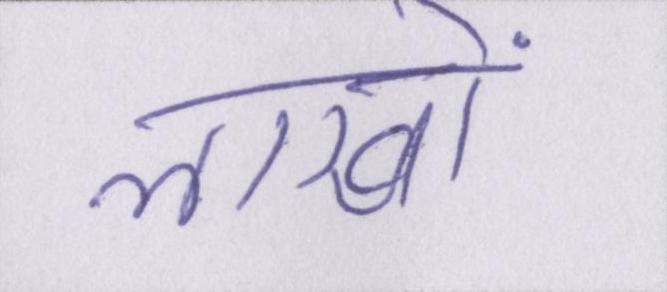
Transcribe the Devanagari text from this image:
लाखों